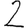
Digit: 2